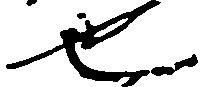
也